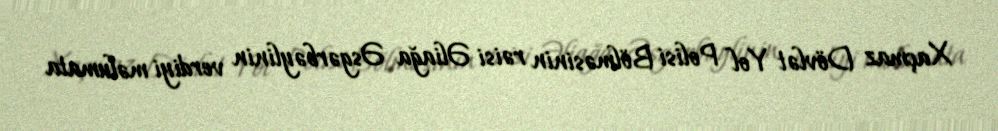
Xaçmaz Dövlət Yol Polisi Bölməsinin rəisi Əliağa Əsgərbəylinin verdiyi məlumata